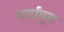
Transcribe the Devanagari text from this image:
पर्गामुम